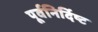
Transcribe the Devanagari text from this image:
पूर्वनिर्दिष्ट